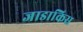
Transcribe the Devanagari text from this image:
जाडाकिस